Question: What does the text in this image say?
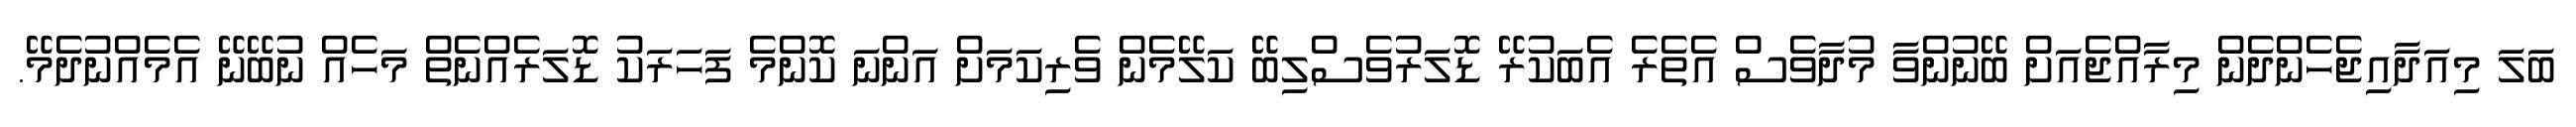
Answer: ބަލަ މިއަދާއިޖެހެންދެން މިރާއްޖެއަށް ބޭނުންވާ މުދާވެސް އެތެރެ އެބަކުރޭ ޑޮލަރުވެސްލިބޭ ކަލޭމެން ވެރިކަމަށް އަންނަ ކޮންމެ ފަހަރަކު ޑޮލަރެއްނެތް މަހެއް ނުބޭނޭ އެމެއްނުދެމޭ.